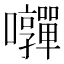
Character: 𭍄